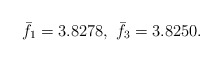
\begin{align*}\bar{f}_{1}=3.8278, \ \bar{f}_{3}=3.8250.\end{align*}